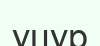
уцур